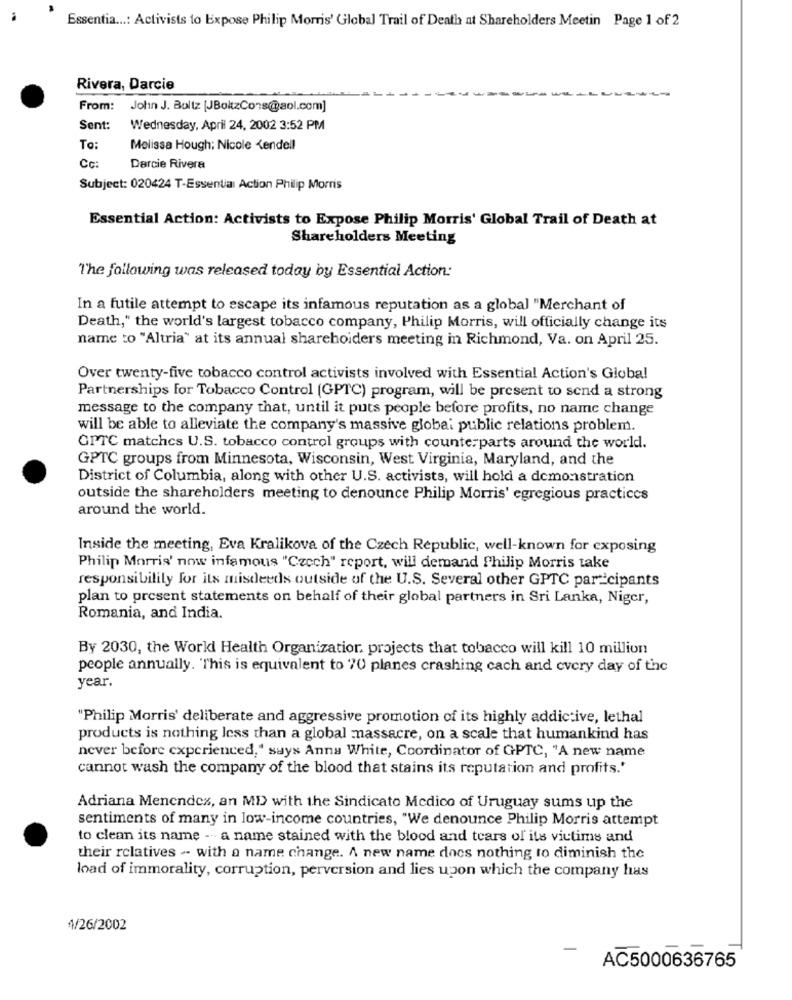
Essentia ...: Activists to Expose Philip Morris' Global Trail of Death at Shareholders Meetin Page 1 of 2
Rivera, Darcie
From: John J. Boltz [JBoktzCons@aol.com]
Sent:
Wednesday, April 24, 2002 3:52 PM
To:
Melissa Hough; Nicole Kendell
Cc:
Darcie Rivera
Subject: 020424 T-Essential Action Philip Morris
Essential Action: Activists to Expose Philip Morris' Global Trail of Death at
Shareholders Meeting
The following was released today by Essential Action:
In a futile attempt to escape its infamous reputation as a global "Merchant of
Death," the world's largest tobacco company, Philip Morris, will officially change its
name to "Altria" at its annual shareholders meeting in Richmond, Va. on April 25.
Over twenty-five tobacco control activists involved with Essential Action's Global
Partnerships for Tobacco Control (GPTC) program, will be present to send a strong
message to the company that, until it puts people before profits, no name change
will be able to alleviate the company's massive global public relations problem.
GITC matches U.S. tobacco control groups with counterparts around the world.
GPTC groups from Minnesota, Wisconsin, West Virginia, Maryland, and the
District of Columbia, along with other U.S. activists, will hold a demonstration
outside the shareholders meeting to denounce Philip Morris' egregious practices
around the world.
Inside the meeting, Eva Kralikova of the Czech Republic, well-known for exposing
Philip Morris' now infamous "Czech" report, will demand Philip Morris take
responsibility for its misdeeds outside of the U.S. Several other GPTC par-cipants
plan to present statements on behalf of their global partners in Sri Lanka, Niger,
Romania, and India.
By 2030, the World Health Organization. projects that tobacco will kill 10 million
people annually. This is equivalent to 70 planes crashing cach and every day of the
year.
"Philip Morris' deliberate and aggressive promotion of its highly addictive, lethal
products is nothing less than a global massacre, on a scale that humankind has
never before experienced," says Anna White, Coordinator of GPTC, "A new name
cannot wash the company of the blood that stains its reputation and profits."
Adriana Menendez, an MD with the Sindicato Medico of Uruguay sums up the
sentiments of many in low-income countries, "We denounce Philip Morris attempt
to clean its name -- a name stained with the blood and tears of its victims and
their relatives -- with a name change. A new name docs nothing to diminish the
load of immorality, corruption, perversion and lies upon which the company has
4/26/2002
AC5000636765